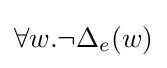
\forall w.\neg \Delta _{e}(w)